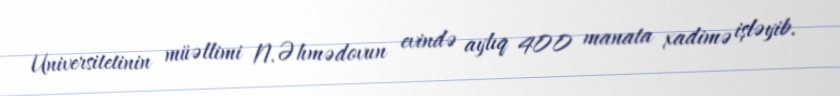
Universitetinin müəllimi N.Əhmədovun evində aylıq 400 manata xadimə işləyib.